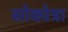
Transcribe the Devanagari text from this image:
सोकोत्रा